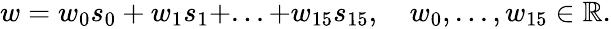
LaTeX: \begin{array}{r}{w=w_{0}s_{0}+w_{1}s_{1}+...+w_{15}s_{15},\quad w_{0},...,w_{15}\in\mathbb{R}.}\end{array}